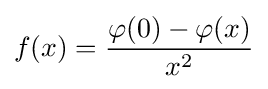
f(x)={\frac {\varphi (0)-\varphi (x)}{x^{2}}}